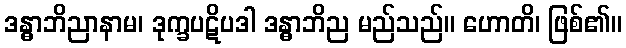
ဒန္ဓာဘိညာနာမ၊ ဒုက္ခပဋိပဒါ ဒန္ဓာဘိည မည်သည်။ ဟောတိ၊ ဖြစ်၏။